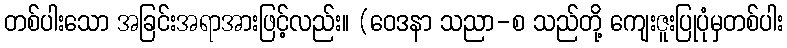
တစ်ပါးသော အခြင်းအရာအားဖြင့်လည်း။ (ဝေဒနာ သညာ-စ သည်တို့ ကျေးဇူးပြုပုံမှတစ်ပါး